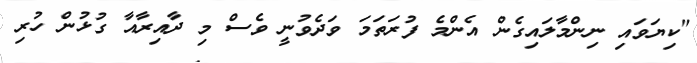
"ކިޔަވައި ނިންމާލައިގެން އެންމެ ފުރަތަމަ ވަދެވުނީ ވެސް މި ދާއިރާއާ ގުޅުން ހުރި